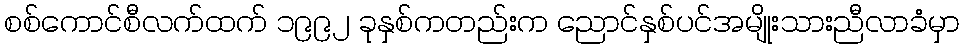
စစ်ကောင်စီလက်ထက် ၁၉၉၂ ခုနှစ်ကတည်းက ညောင်နှစ်ပင်အမျိုးသားညီလာခံမှာ